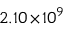
2 . 1 0 \! \times \! 1 0 ^ { 9 }